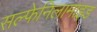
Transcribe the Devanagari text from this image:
सल्फेनिलामाइड